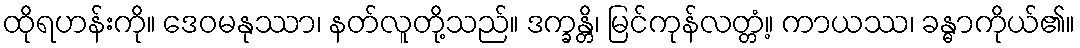
ထိုရဟန်းကို။ ဒေဝမနုဿာ၊ နတ်လူတို့သည်။ ဒက္ခန္တိ၊ မြင်ကုန်လတ္တံ့။ ကာယဿ၊ ခန္ဓာကိုယ်၏။